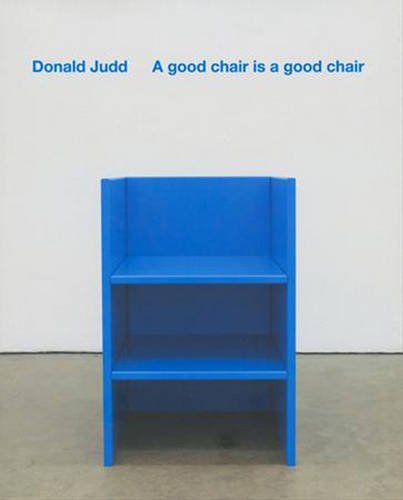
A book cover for Donald Judd: A Good Chair Is a Good Chair; Donald Judd; Arts & Photography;